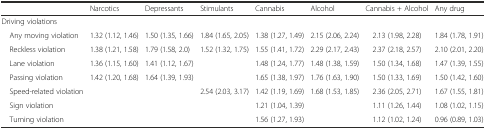
|  | Narcotics | Depressants | Stimulants | Cannabis | Alcohol | Cannabis + Alcohol | Any drug |
 | --- | --- | --- | --- | --- | --- | --- | --- |
 | <COLSPAN=8> Driving violations |
 | Any moving violation | 1.32 (1.12, 1.46) | 1.50 (1.35, 1.66) | 1.84 (1.65, 2.05) | 1.38 (1.27, 1.49) | 2.15 (2.06, 2.24) | 2.13 (1.98, 2.28) | 1.84 (1.78, 1.91) |
 | Reckless violation | 1.38 (1.21, 1.58) | 1.79 (1.58, 2.0) | 1.52 (1.32, 1.75) | 1.55 (1.41, 1.72) | 2.29 (2.17, 2.43) | 2.37 (2.18, 2.57) | 2.10 (2.01, 2.20) |
 | Lane violation | 1.36 (1.15, 1.60) | 1.41 (1.12, 1.67) |  | 1.48 (1.24, 1.77) | 1.48 (1.38, 1.59) | 1.50 (1.34, 1.68) | 1.47 (1.39, 1.55) |
 | Passing violation | 1.42 (1.20, 1.68) | 1.64 (1.39, 1.93) |  | 1.65 (1.38, 1.97) | 1.76 (1.63, 1.90) | 1.50 (1.33, 1.69) | 1.50 (1.42, 1.60) |
 | Speed-related violation |  |  | 2.54 (2.03, 3.17) | 1.42 (1.19, 1.69) | 1.68 (1.53, 1.85) | 2.36 (2.05, 2.71) | 1.67 (1.55, 1.81) |
 | Sign violation |  |  |  | 1.21 (1.04, 1.39) |  | 1.11 (1.26, 1.44) | 1.08 (1.02, 1.15) |
 | Turning violation |  |  |  | 1.56 (1.27, 1.93) |  | 1.12 (1.02, 1.24) | 0.96 (0.89, 1.03) |